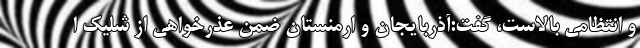
و انتظامی بالاست، گفت:آذربایجان و ارمنستان ضمن عذرخواهی از شلیک ا